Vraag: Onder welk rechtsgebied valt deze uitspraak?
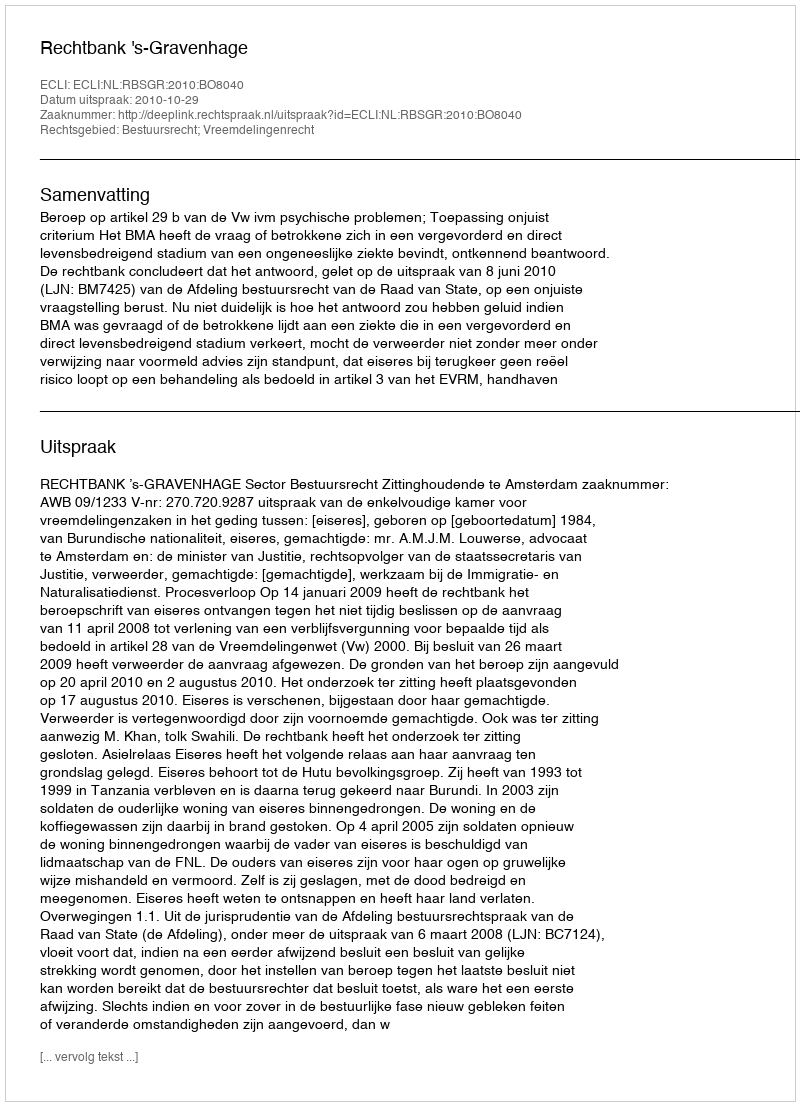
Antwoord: Bestuursrecht; Vreemdelingenrecht